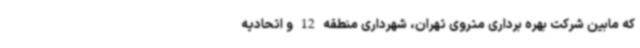
که مابین شرکت بهره برداری متروی تهران، شهرداری منطقه 12 و اتحادیه